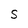
Character: S